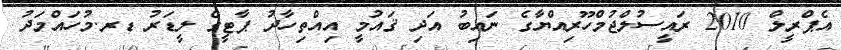
އެޕްރީލް 2010 ރައީސުލްޖުމްހޫރިއްޔާގެ ނައިބު އަދި ޤައުމީ އިއްތިހާދު ޕާޓީގެ ލީޑަރު ޑރ.މުހައްމަދު